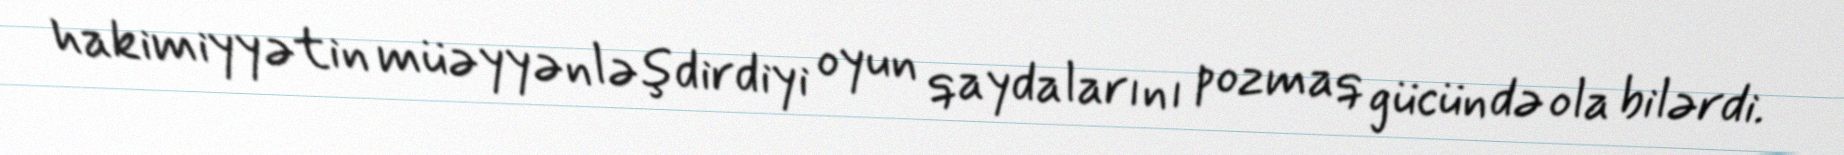
hakimiyyətin müəyyənləşdirdiyi oyun qaydalarını pozmaq gücündə ola bilərdi.